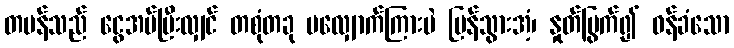
တမန်သည် ငွေအပ်ပြီးလျှင် တစုံတခု မလျှောက်ကြားပဲ ပြန်သွားအံ့၊ နှုတ်မြွက်၍ ဝန်ခံသော